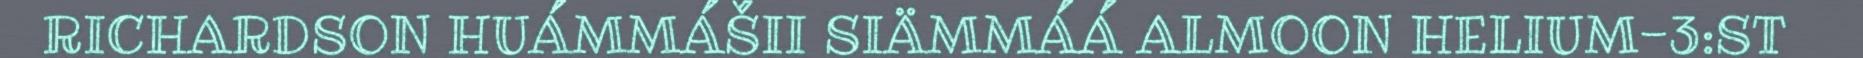
RICHARDSON HUÁMMÁŠII SIÄMMÁÁ ALMOON HELIUM-3:ST